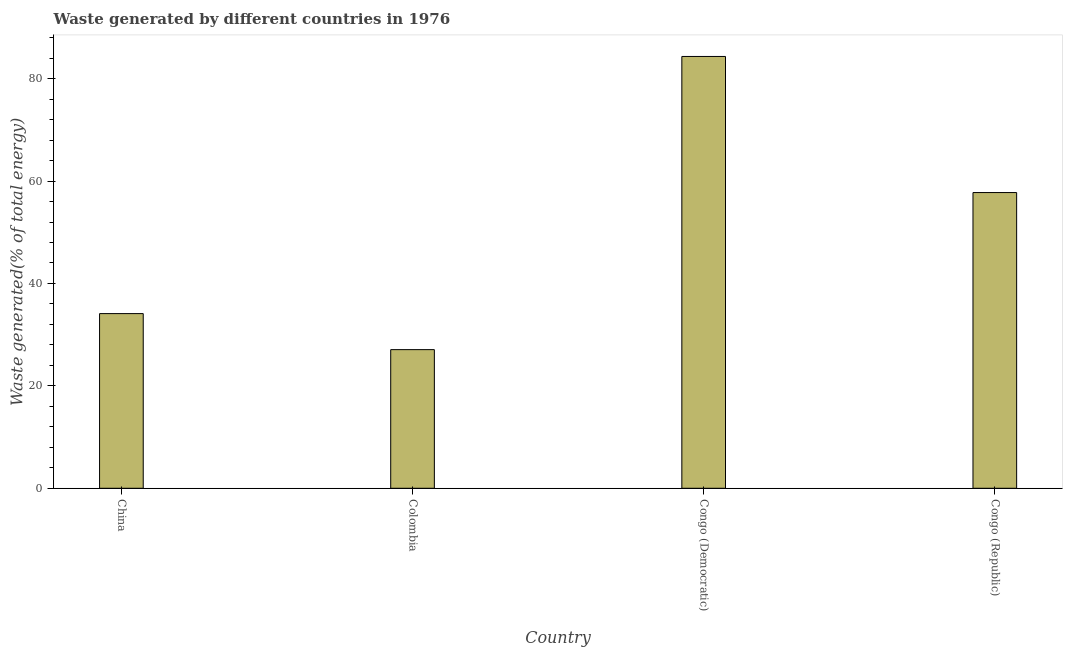
| Country | Combustible renewables and waste (% of total energy) |
 | --- | --- |
 | China | 34.1 |
 | Colombia | 27.1 |
 | Congo (Democratic) | 84.3 |
 | Congo (Republic) | 57.8 |